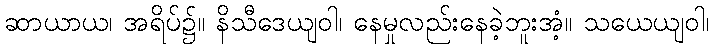
ဆာယာယ၊ အရိပ်၌။ နိသီဒေယျဝါ၊ နေမှုလည်းနေခဲ့ဘူးအံ့။ သယေယျဝါ၊